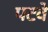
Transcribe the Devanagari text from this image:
पटवे